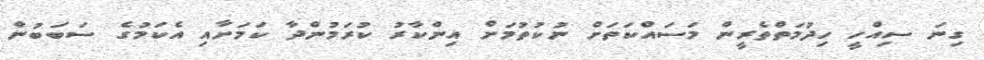
ގިނަ ސިއްހީ ހިދުމަތްތެރީން މަސައްކަތަށް ނުކުތުމަށް އިންކާރު ކުރަމުންދާ ކަމަށާއި އެކަމުގެ ސަބަބުން